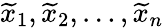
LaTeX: \widetilde{x}_{1},\widetilde{x}_{2},\dots,\widetilde{x}_{n}